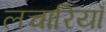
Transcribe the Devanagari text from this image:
लचारियाँ